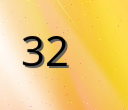
32